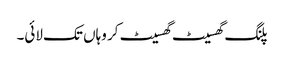
پلنگ گھسیٹ گھسیٹ کر وہاں تک لائی۔